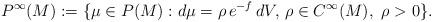
LaTeX: \begin{align*} P^\infty(M):=\{\mu\in P(M): d\mu=\rho\, e^{-f}\, dV,\, \rho\in C^\infty(M),\ \rho>0\}.\end{align*}